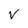
Character: V